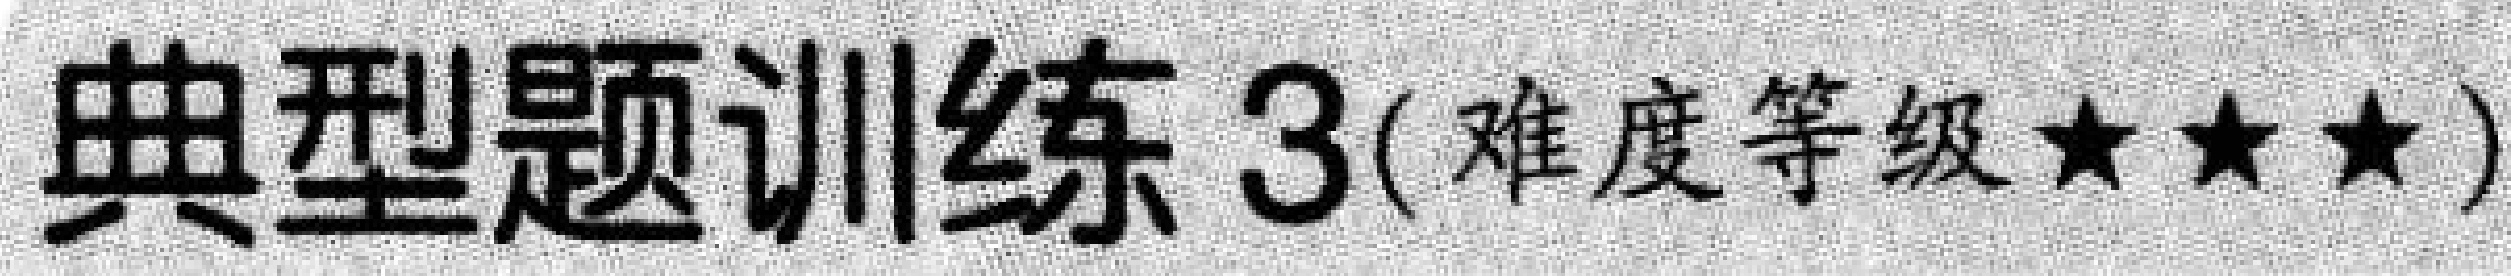
典型题训练 3(难度等级★★★)